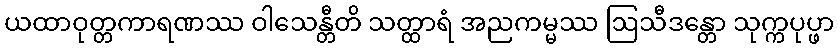
ယထာဝုတ္တကာရဏဿ ဝါသေန္တီတိ သတ္ထာရံ အညကမ္မဿ ဩသီဒန္တော သုက္ကပုပ္ဖာ